Civil Veterinary Department. Madras. Admin. report 1926-33 - 1926-1933
Year: 1926
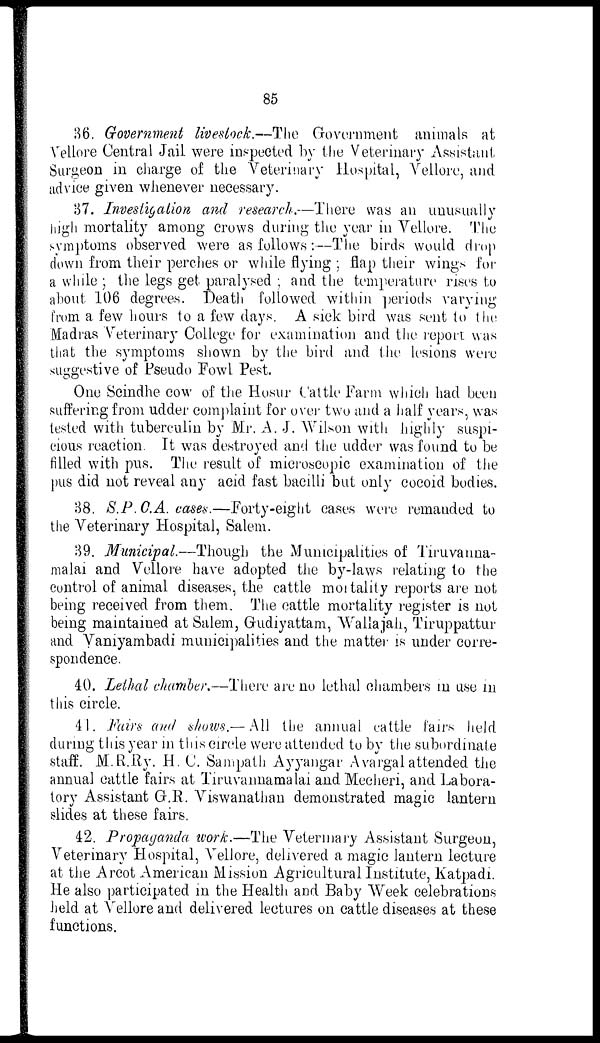
85
36. Government livestock.—The Government animals at
Vellore Central Jail were inspected by the Veterinary Assistant
Surgeon in charge of the Veterinary Hospital, Vellore, and
advice given whenever necessary.
87. Investigation and research.—There was an unusually
high mortality among crows during the year in Vellore. The
symptoms observed were as follows:—The birds would drop
down from their perches or while flying ; flap their wings for
a while ; the legs get paralysed ; and the temperature rises to
about 106 degrees. Death followed within periods varying
from a few hours to a few days. A sick bird was sent to the
Madras Veterinary College for examination and the report was
that the symptoms shown by the bird and the lesions were
suggestive of Pseudo Fowl Pest.
One Scindhe cow of the Hosur Cattle Farm which had been
suffering from udder complaint for over two and a half years, was
tested with tuberculin by Mr. A. J. Wilson with highly suspi-
cious reaction. It was destroyed and the udder was found to be
filled with pus. The result of microscopic examination of the
pus did not reveal any acid fast bacilli but only cocoid bodies.
38. S.P.C.A. cases.—Forty-eight cases were remanded to
the Veterinary Hospital, Salem.
39. Municipal.—Though the Municipalities of Tiruvauna-
malai and Vellore have adopted the by-laws relating to the
control of animal diseases, the cattle mortality reports are not
being received from them. The cattle mortality register is not
being maintained at Salem, Gudiyattam, Wallajah, Tiruppattur
and Vaniyambadi municipalities and the matter is under corre-
spondence.
40. Lethal chamber.—There are no lethal chambers in use in
this circle.
41. Fairs and shows.— All the annual cattle fairs held
during this year in this circle were attended to by the subordinate
staff. M.R.Ry. H. C. Sampath Ayyangar Avargal attended the
annual cattle fairs at Tiruvannamalai and Mecheri, and Labora-
tory Assistant G.R. Viswanathan demonstrated magic lantern
slides at these fairs.
42. Propaganda work.—The Veterinary Assistant Surgeon,
Veterinary Hospital, Vellore, delivered a magic lantern lecture
at the Arcot American Mission Agricultural Institute, Katpadi.
He also participated in the Health and Baby Week celebrations
held at Vellore and delivered lectures on cattle diseases at these
functions.